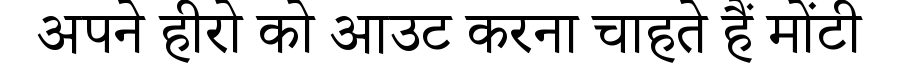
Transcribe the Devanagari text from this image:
अपने हीरो को आउट करना चाहते हैं मोंटी